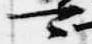
可